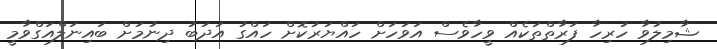
ޝާމިލުވާ ހުރިހާ ފަރާތްތަކެއް ވީހާވެސް އަވަހަށް ހައްޔަރުކޮށް ހައްގު އަދަބު ދިނުމަށް ބައިނަލްއަގްވާމީ